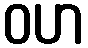
ဝဟ